Cholera in southern India
Disease focus: Cholera
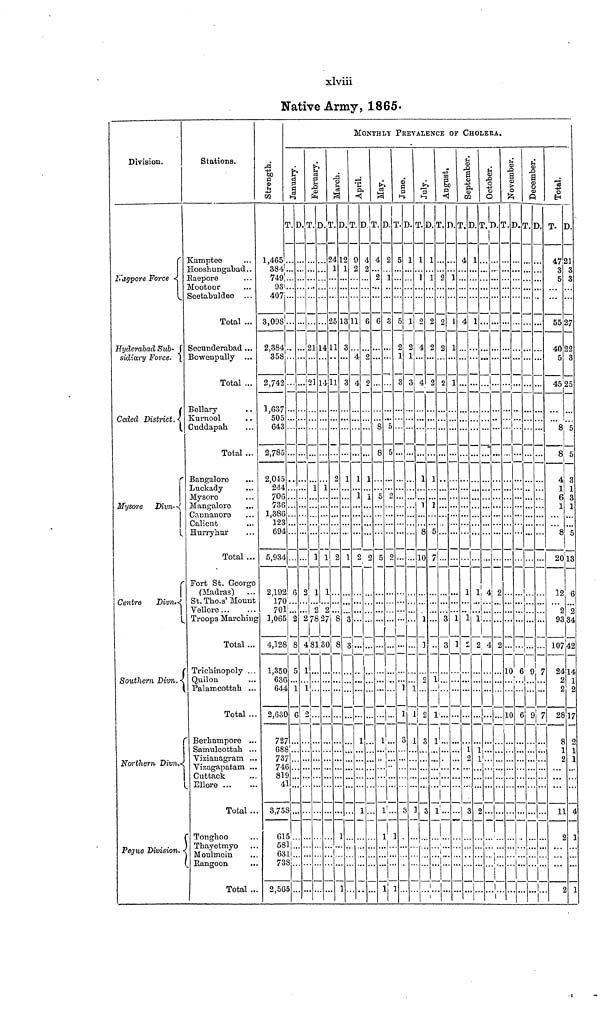
xlviii
Native Army, 1865.
Division.
Nagpore Force
Hyderabad Sub-
sidiary Force.
Ceded District.
Mysore Divn-
Centre Divn.
Southern Divn.
Northern Divn.
Pegue Division.
Stations.
Kamptee
Hooshungabad
Raepore
Mootoor
Seetabuldee
Total
Secunderabad
Bowenpully
Total
Bellary
Kurnool
Cuddapah
Total
Bangalore
Luckady
Mysoro
M an galore
Cannanore
Calient
Hurry hur
Total
' Fort St. George
(Madras)
St. Tho.s' Mount
Vellore
Troops Marching
Total
Trichinopoly
| Quilon
Palamcottah ...
Total
Berhampore
Samulcottah
Vizianagram
Vizagapatam
Cuttack
Ellore
Total
Tonghoo
Thayetmyo
Moulmoin
Rangoon
Total
Strength.
1,465
384
749
93
407
3,098
2,384
358
2,742
1,637
505
643
2,785
2,045
244
706
736
1,386
123
694
5,934
2,192
170
701
? l,065
4,126
1,350
630
644
2,630
727
688
737
746
819
41
. 3,758
615
581
631
738
. 2,565
MONTHLY PREVALENCE OF CHOLERA.
January.
T.
6
2
8
5
I
6
D.
2
2
4
1
L ]
2
February.
T.
21
20
]
1
78
81
D.
14
14
1
1
2
27
30
March.
T.
24
1
25
11
11
2
2 8
8
1
1
D.
12
1
13
3
3
1
1
3
8
April.
T.
9
2
11
4
4
1
1
1
1
D
4
2
6
2
2
1
1
2 Í
May.
T.
4
2
6
8
8
5
i E
1
1
1
1
D.
2
1
3
5
2
1
1
June.
T.
5
5
2
1
3
1
8
3
D.
1
1
2
1
3
1
1
1
July.
T.
1
1
2
4
4
1
1
c
1C
1
2
3
3
D.
1
1
2
2
2
1
1
1
c
7
1
1
August.
T.
2
2
2
2
1
3
D.
1
1
1
1
1
3
September.
T.
4
4
1
1
1
1
2
3
D.
1
1
1
1
2
1
1
2
October.
T.
...
4
2
D.
2
4
November.
T.
2
10
10
D.
l
6
6
December.
T.
!
9
9
D.
7
7
Total.
T.
47
3
5
55
40
5
45
8
8
4
1
6
1
8
20
12
2
93
107
24
2
2
28
8
1
2
11
2
2
D.
21
3
3
27
22
3
25
5
5
3
1
3
1
5
13
6
2
34
42
14
1
2
17
2
1
1
4
1
1